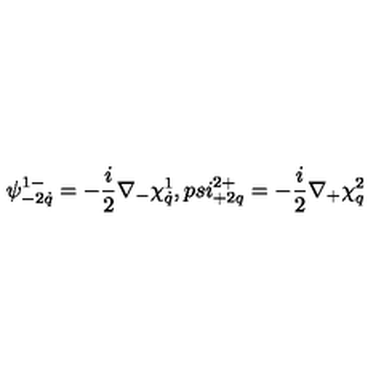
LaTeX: \psi _ { - 2 \dot { q } } ^ { 1 - } = - \frac { i } { 2 } \nabla _ { - } \chi _ { \dot { q } } ^ { 1 } , p s i _ { + 2 q } ^ { 2 + } = - \frac { i } { 2 } \nabla _ { + } \chi _ { q } ^ { 2 }